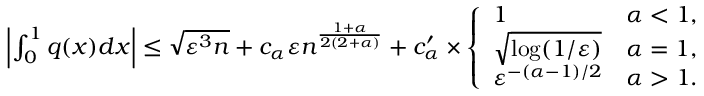
\begin{array} { r } { \left| \int _ { 0 } ^ { 1 } q ( x ) d x \right| \leq \sqrt { \varepsilon ^ { 3 } \ensuremath { n } } + c _ { \alpha } \varepsilon \ensuremath { n } ^ { \frac { 1 + \alpha } { 2 ( 2 + \alpha ) } } + c _ { \alpha } ^ { \prime } \times \left\{ \begin{array} { l l } { 1 } & { \alpha < 1 , } \\ { \sqrt { \log ( 1 / \varepsilon ) } } & { \alpha = 1 , } \\ { \varepsilon ^ { - ( \alpha - 1 ) / 2 } } & { \alpha > 1 . } \end{array} \right. } \end{array}